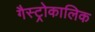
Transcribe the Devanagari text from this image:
गैस्ट्रोकालिक